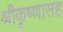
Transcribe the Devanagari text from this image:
श्रीकृष्णासह